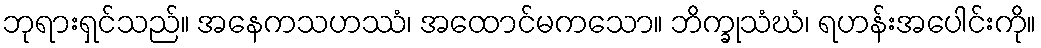
ဘုရားရှင်သည်။ အနေကသဟဿံ၊ အထောင်မကသော။ ဘိက္ခုသံဃံ၊ ရဟန်းအပေါင်းကို။